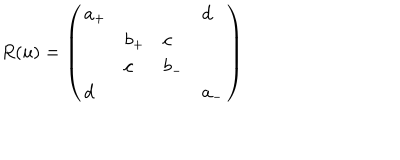
R ( u ) = \left( \begin{array} { l l l l } { { a _ { + } } } & { { } } & { { } } & { { d } } \\ { { } } & { { b _ { + } } } & { { c } } & { { } } \\ { { } } & { { c } } & { { b _ { - } } } & { { } } \\ { { d } } & { { } } & { { } } & { { a _ { - } } } \\ \end{array} \right)